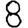
Digit: 8